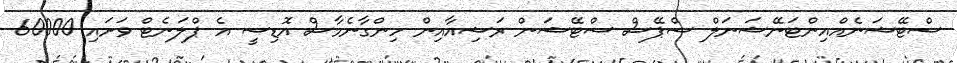
ސްޓޭޝަނެއްއިންޓަނޭޝަނަލް ސްޕޭސް ސްޓޭޝަން ރަޝިއާއިން ހިންގާނެމާސް އޮޑިސީ އެ ޕްލަނެޓް ވަށައި 60000